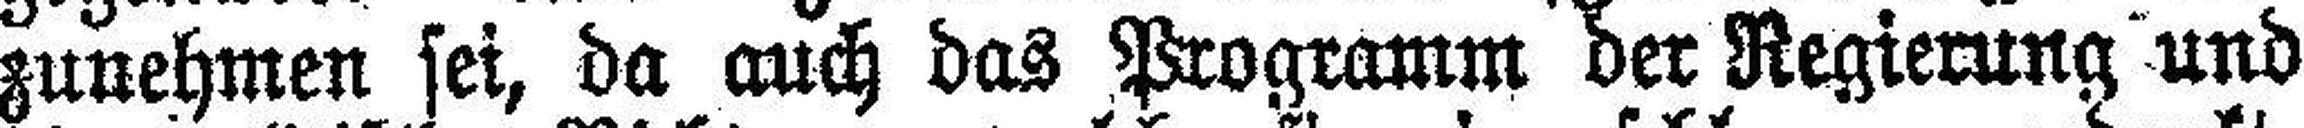
zunehmen sei, da auch das Programm der Regierung und